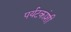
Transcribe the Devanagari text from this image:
पर्यटकांशी